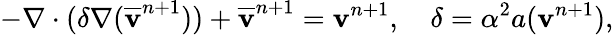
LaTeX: -\nabla\cdot(\delta\nabla(\overline{{\mathbf v}}^{n+1}))+\overline{{\mathbf v}}^{n+1}=\mathbf v^{n+1},\quad\delta=\alpha^{2}a(\mathbf v^{n+1}),